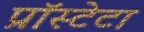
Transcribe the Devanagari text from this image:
प्रॉस्टेटा